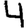
Digit: 4